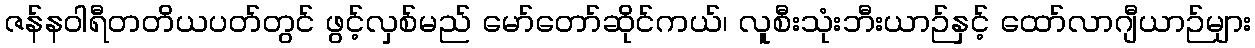
ဇန်နဝါရီတတိယပတ်တွင် ဖွင့်လှစ်မည် မော်တော်ဆိုင်ကယ်၊ လူစီးသုံးဘီးယာဉ်နှင့် ထော်လာဂျီယာဉ်များ